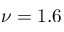
\nu = 1 . 6